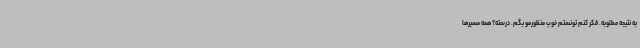
به نتیجه مطلوبه. فکر کنم تونستم خوب منظورمو بگم. درسته؟ همه مسیرها